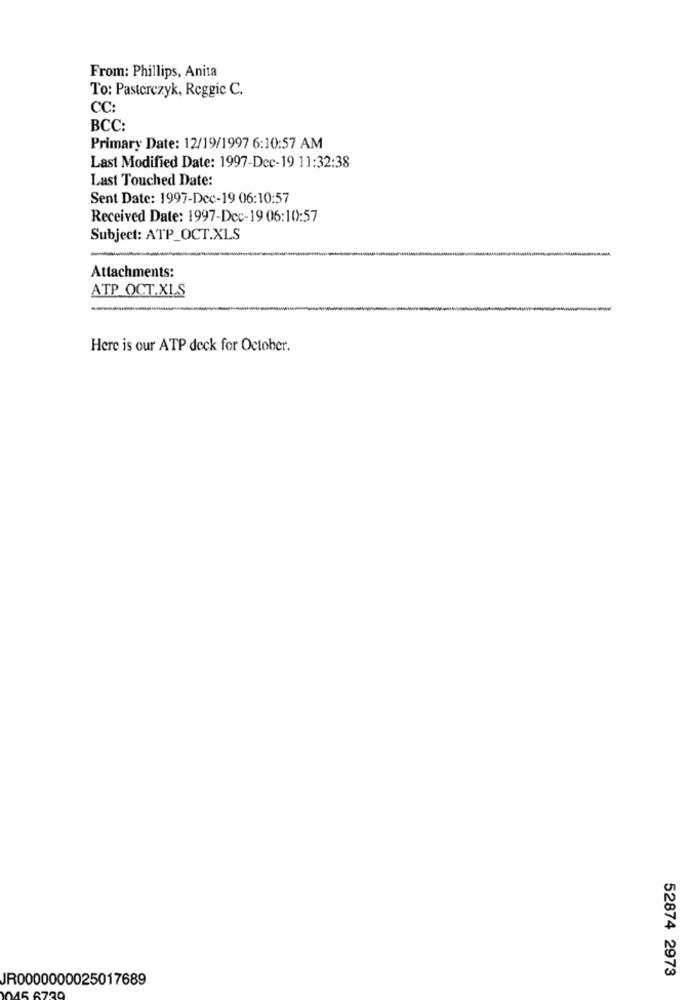
From: Phillips, Anita
To: Pasterczyk, Reggie C.
CC:
BCC:
Primary Date: 12/19/1997 6:10:57 AM
Last Modified Date: 1997-Dec-19 11:32:38
Last Touched Date:
Sent Date: 1997-Dec-19 06:10:57
Received Date: 1997-Dec-19 06:10:57
Subject: ATP_OCT.XLS
Attachments:
ATP_OCT.XI.S
Here is our ATP deck for October.
JR0000000025017689
52874 2973